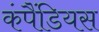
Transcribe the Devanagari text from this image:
कंपैंडियस